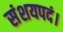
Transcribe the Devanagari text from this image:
संशयपदं।